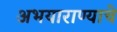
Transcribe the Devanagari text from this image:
अभयाराण्याचे